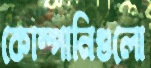
কোম্পানিগুলো